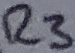
Text: R3